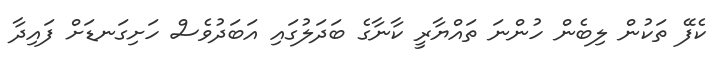
ކެފޭ ތަކުން ލިބެން ހުންނަ ތައްޔާރީ ކާނާގެ ބަދަލުގައި އަބަދުވެސް ހަށިގަނޑަށް ފައިދާ